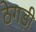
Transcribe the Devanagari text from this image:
ठेगड़ी